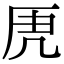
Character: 𭆄